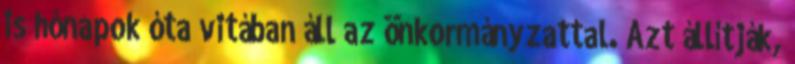
is hónapok óta vitában áll az önkormányzattal. Azt állítják,